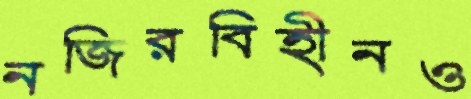
নজিরবিহীনও